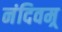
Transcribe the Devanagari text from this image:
नंदिवम्र्